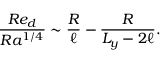
\frac { R e _ { d } } { R a ^ { 1 / 4 } } \sim \frac { R } { \ell } - \frac { R } { L _ { y } - 2 \ell } .